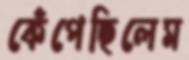
কেঁপেছিলেম